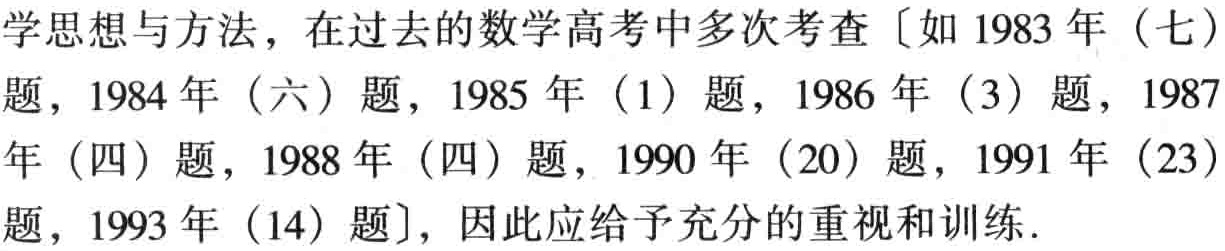
学思想与方法，在过去的数学高考中多次考查〔如1983年（七）题，1984年（六）题，1985年（1）题，1986年（3）题，1987年（四）题，1988年（四）题，1990年（20）题，1991年（23）题，1993年（14）题〕，因此应给予充分的重视和训练.